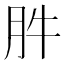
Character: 𰮊